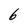
Character: 6